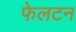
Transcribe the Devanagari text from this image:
फेलटन